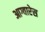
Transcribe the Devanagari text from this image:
आग्वारेस